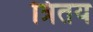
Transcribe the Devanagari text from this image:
त्रितय